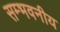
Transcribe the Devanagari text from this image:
सम्भवनीय